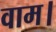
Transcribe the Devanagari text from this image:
वाम।